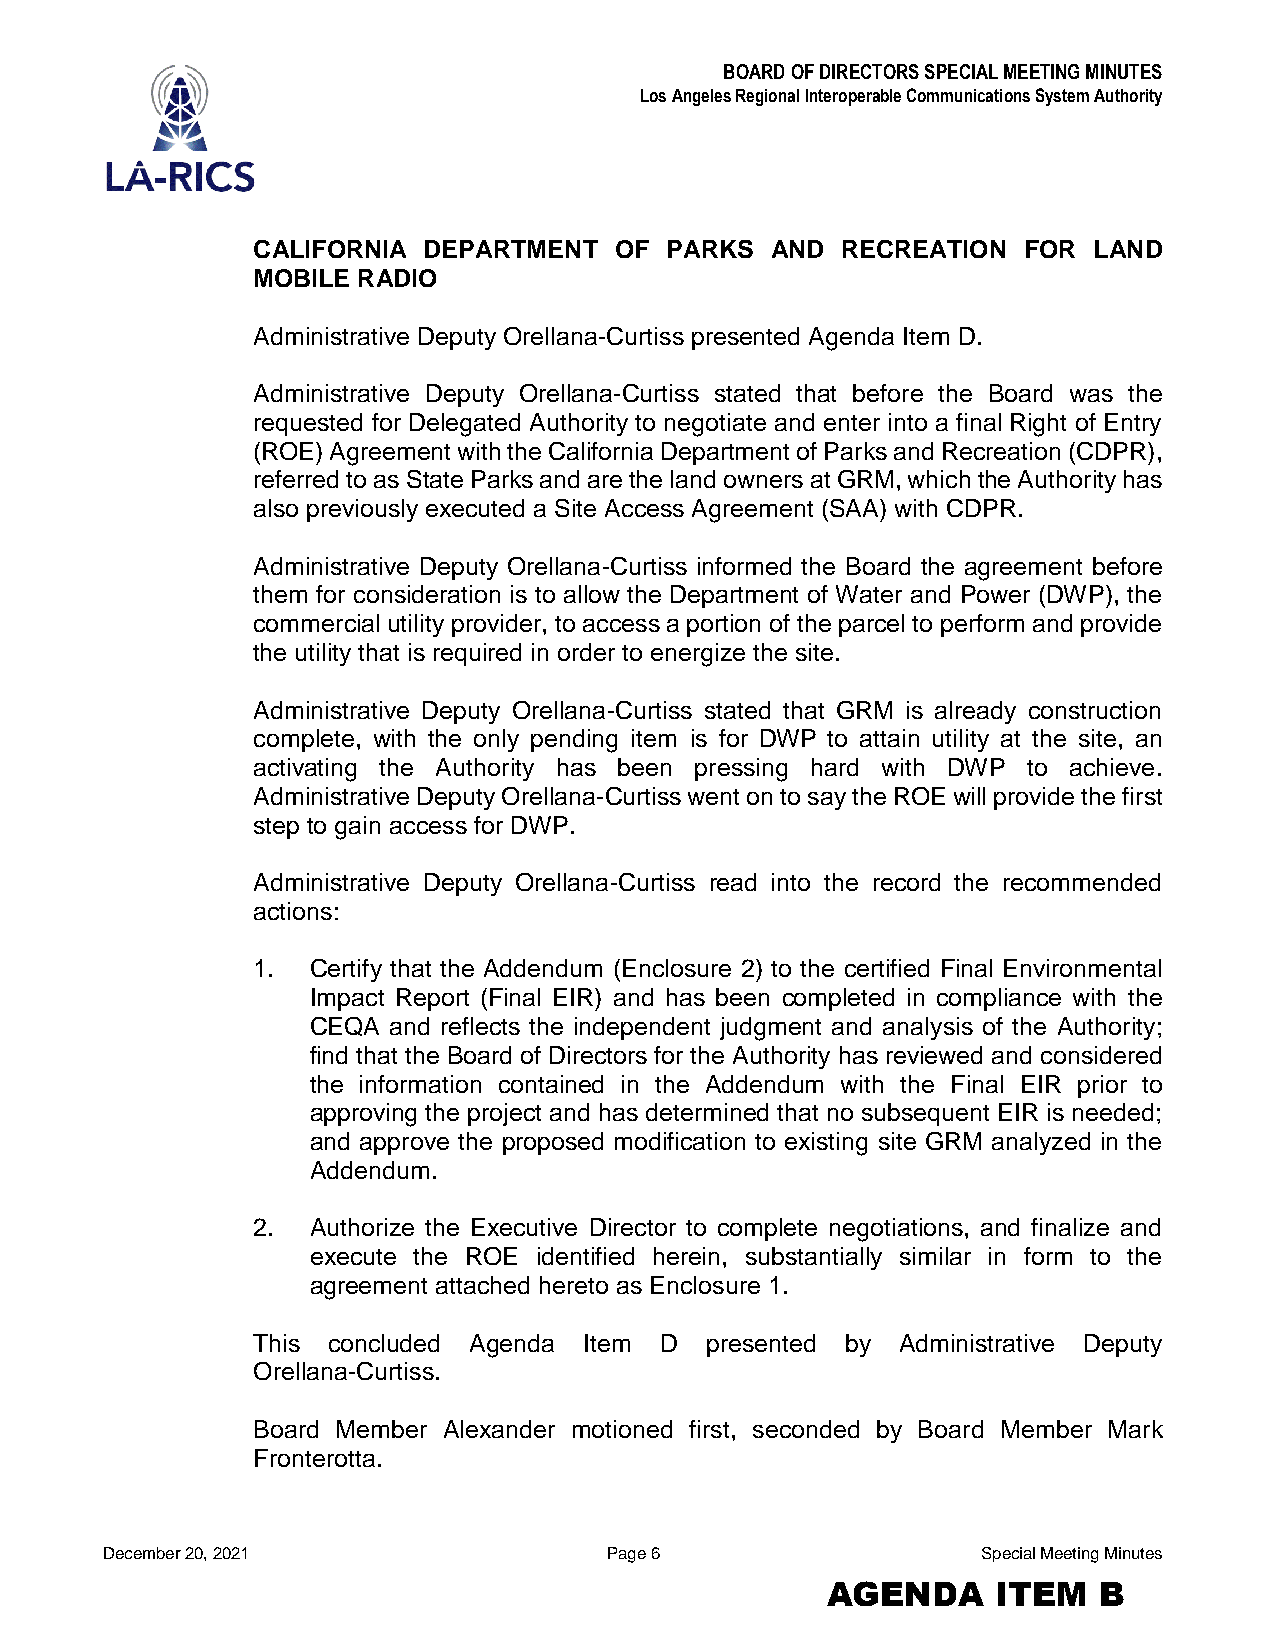
BOARD OF DIRECTORS SPECIAL MEETING MINUTES
 Los Angeles Regional Interoperable Communications System Authority
 CALIFORNIA DEPARTMENT   OF PARKS  AND  RECREATION  FOR LAND
 MOBILE RADIO
 Administrative Deputy Orellana-Curtiss presented Agenda Item D.
 Administrative Deputy Orellana-Curtiss stated that before the Board was the
 requested for Delegated Authority to negotiate and enter into a final Right of Entry
 (ROE) Agreement with the California Department of Parks and Recreation (CDPR),
 referred to as State Parks and are the land owners at GRM, which the Authority has
 also previously executed a Site Access Agreement (SAA) with CDPR.
 Administrative Deputy Orellana-Curtiss informed the Board the agreement before
 them for consideration is to allow the Department of Water and Power (DWP), the
 commercial utility provider, to access a portion of the parcel to perform and provide
 the utility that is required in order to energize the site.
 Administrative Deputy Orellana-Curtiss stated that GRM is already construction
 complete, with the only pending item is for DWP to attain utility at the site, an
 activating the Authority has been pressing hard with DWP to achieve.
 Administrative Deputy Orellana-Curtiss went on to say the ROE will provide the first
 step to gain access for DWP.
 Administrative Deputy Orellana-Curtiss read into the record the recommended
 actions:
 1. Certify that the Addendum (Enclosure 2) to the certified Final Environmental
 Impact Report (Final EIR) and has been completed in compliance with the
 CEQA  and reflects the independent judgment and analysis of the Authority;
 find that the Board of Directors for the Authority has reviewed and considered
 the information contained in the Addendum with the Final EIR prior to
 approving the project and has determined that no subsequent EIR is needed;
 and approve the proposed modification to existing site GRM analyzed in the
 Addendum.
 2. Authorize the Executive Director to complete negotiations, and finalize and
 execute the ROE identified herein, substantially similar in form to the
 agreement attached hereto as Enclosure 1.
 This concluded Agenda Item D  presented by Administrative Deputy
 Orellana-Curtiss.
 Board Member Alexander motioned first, seconded by Board Member Mark
 Fronterotta.
 December 20, 2021                Page 6                   Special Meeting Minutes
 AGENDA     ITEM   B